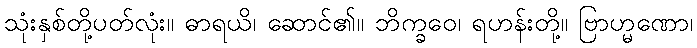
သုံးနှစ်တို့ပတ်လုံး။ ဓာရယိ၊ ဆောင်၏။ ဘိက္ခဝေ၊ ရဟန်းတို့။ ဗြာဟ္မဏော၊